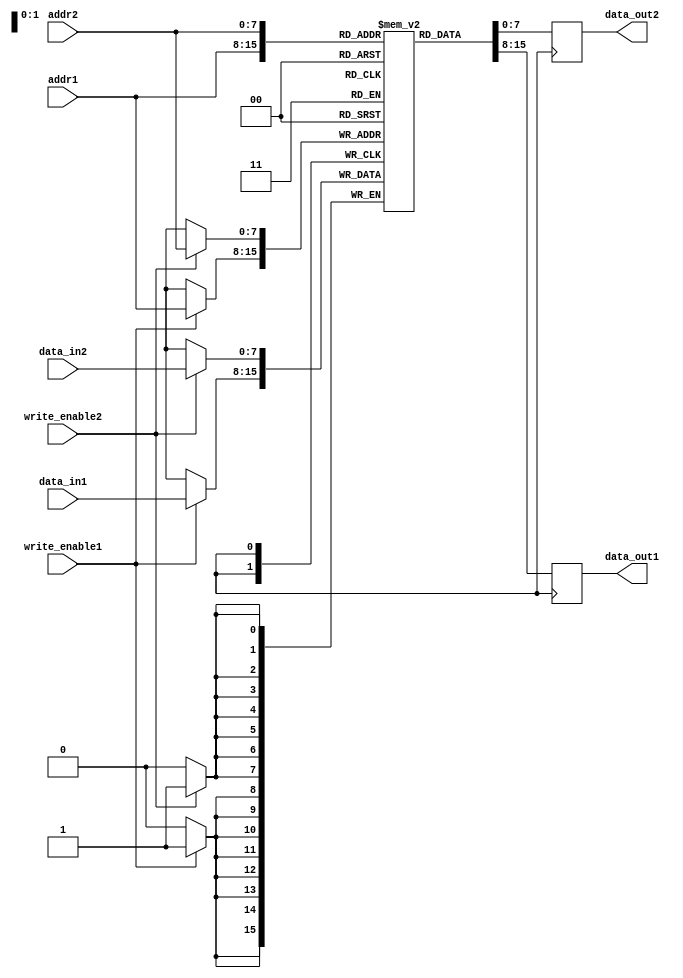
module dual_port_ram (
    input wire [7:0] data_in1, // input data for port 1
    input wire [7:0] data_in2, // input data for port 2
    input wire [7:0] addr1, // address for port 1
    input wire [7:0] addr2, // address for port 2
    input wire write_enable1, // write enable signal for port 1
    input wire write_enable2, // write enable signal for port 2
    output reg [7:0] data_out1, // output data for port 1
    output reg [7:0] data_out2 // output data for port 2
);

reg [7:0] mem [0:255]; // dual-port RAM memory array

always @(posedge clk) begin
    if (write_enable1) begin
        mem[addr1] <= data_in1;
    end
    data_out1 <= mem[addr1];
end

always @(posedge clk) begin
    if (write_enable2) begin
        mem[addr2] <= data_in2;
    end
    data_out2 <= mem[addr2];
end

endmodule